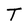
Character: T